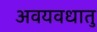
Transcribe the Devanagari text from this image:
अवयवधातु